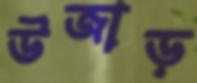
উজাড়